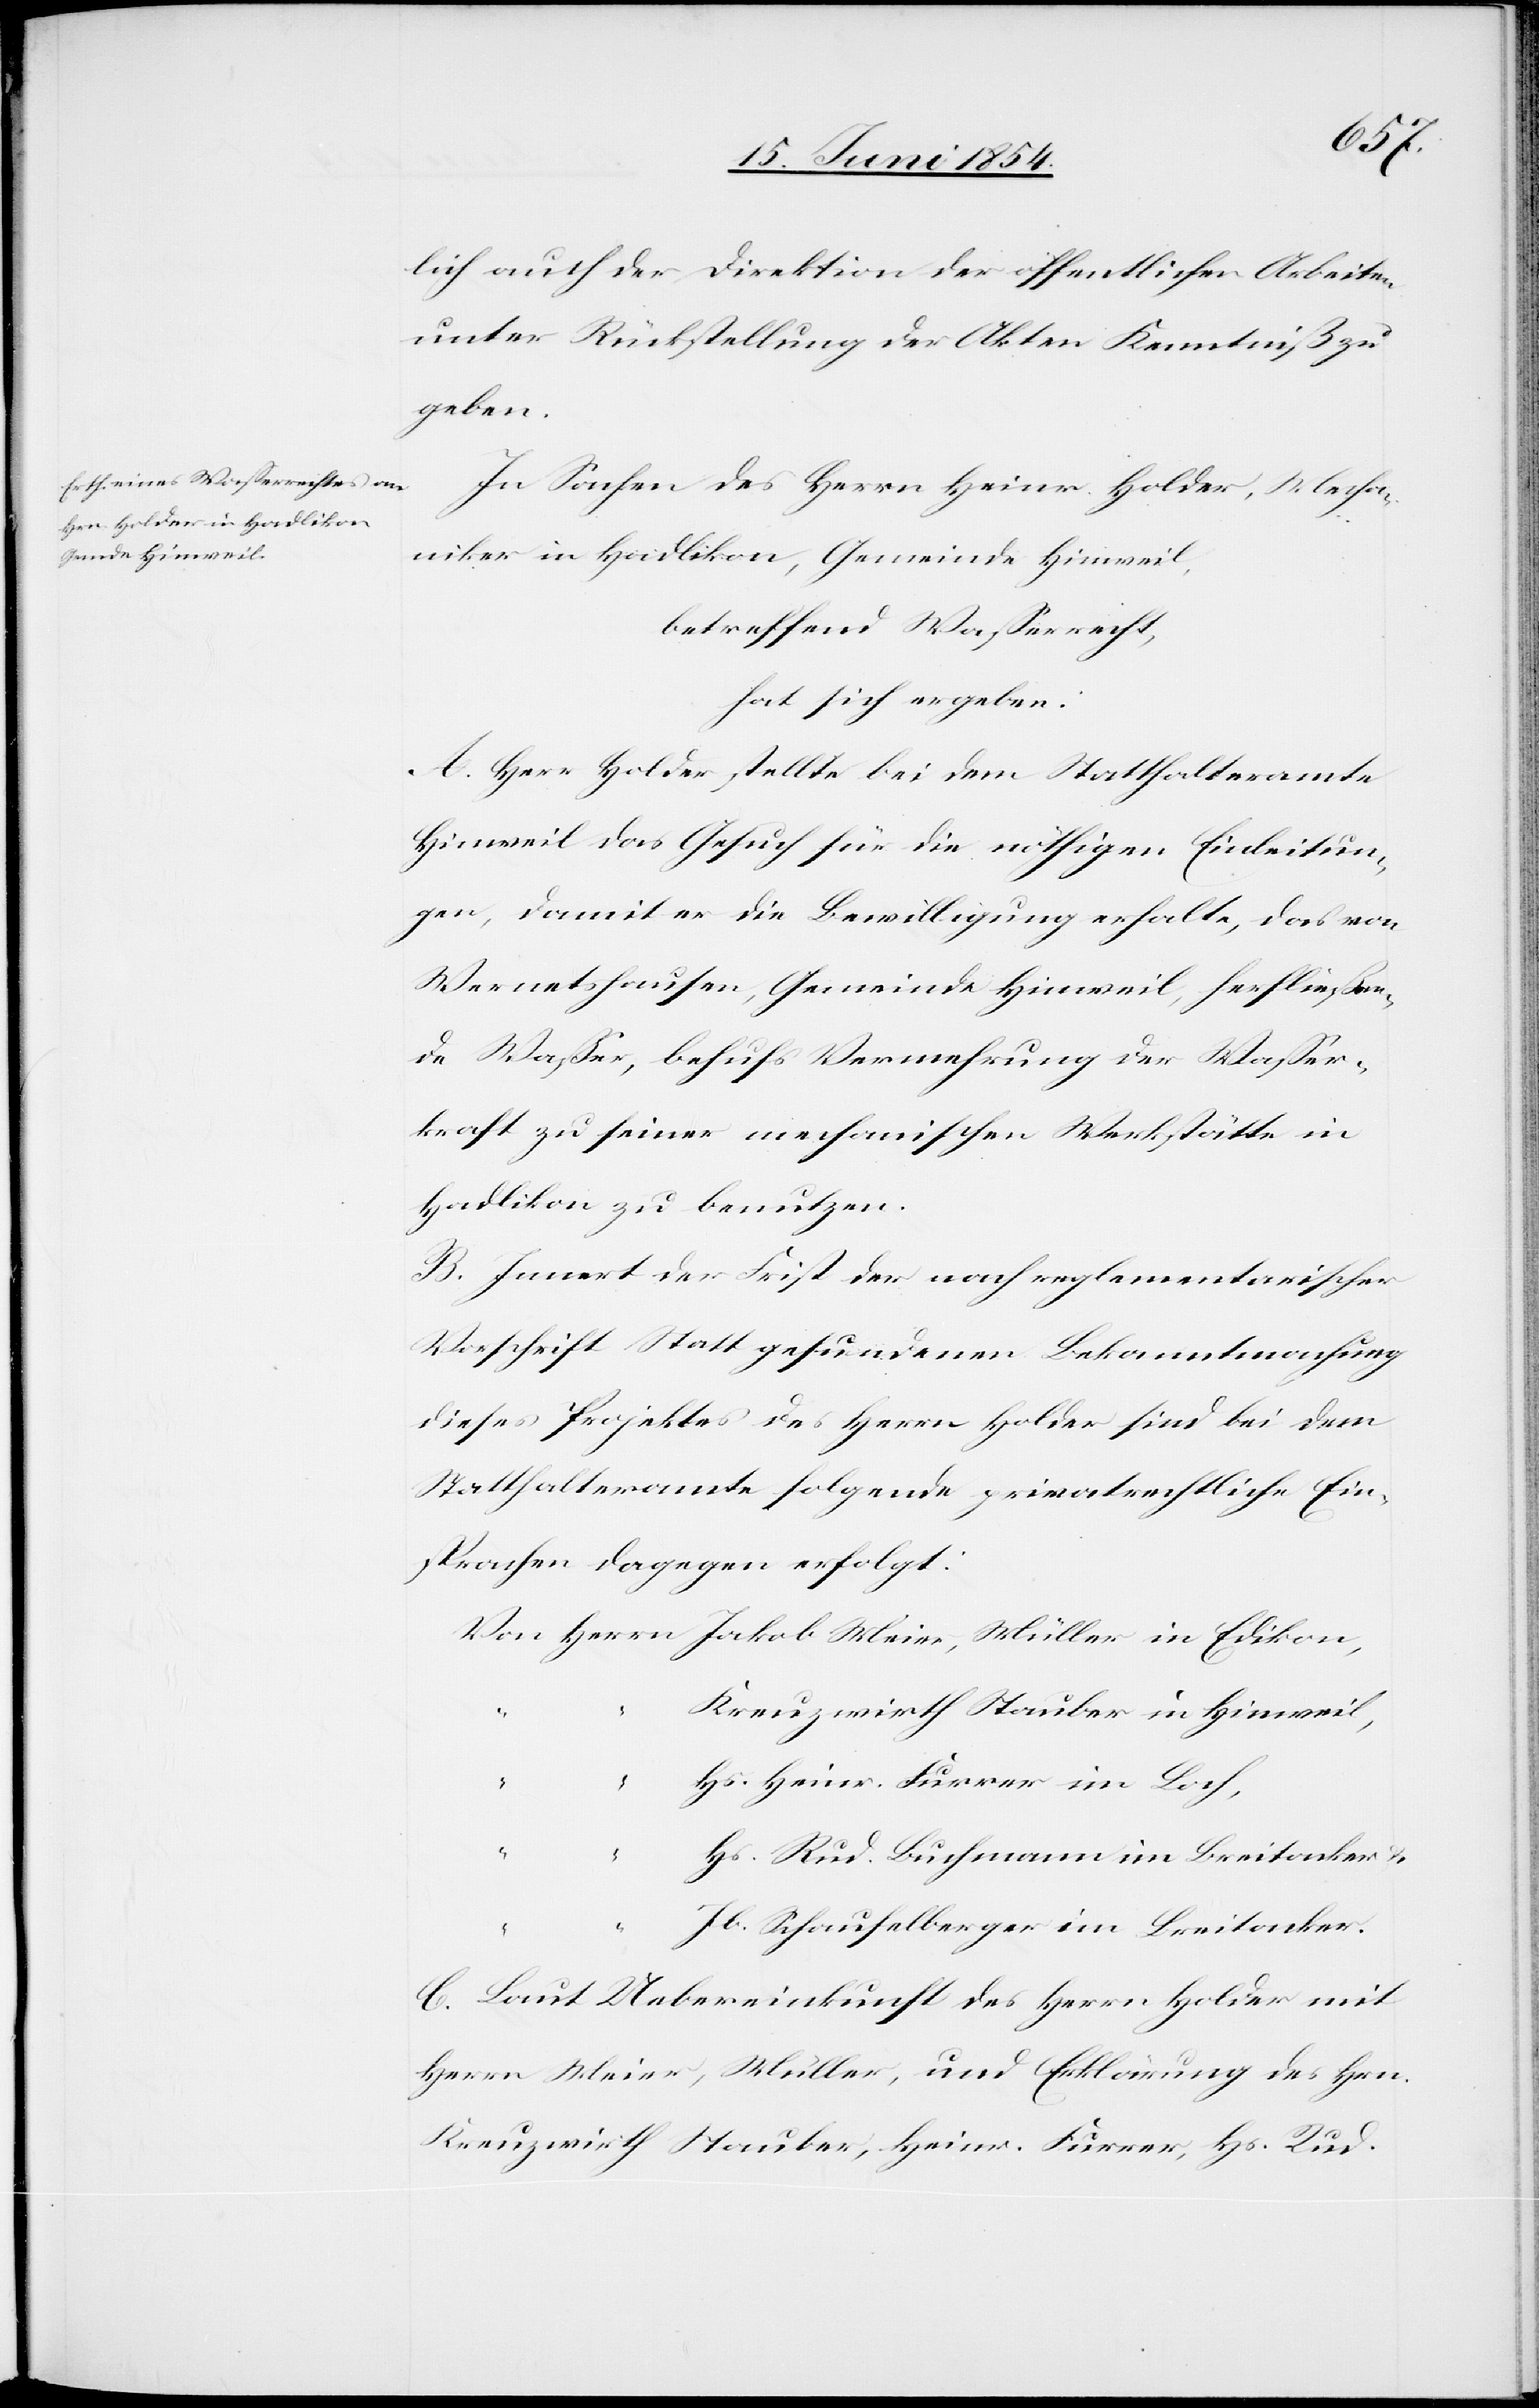
Meier,
lich auch der Direktion der öffentlichen Arbeiten
unter Rückstellung der Akten Kenntniß zu
geben.
In Sachen des Herrn Heinr. Holder, Mechan¬
iker in Hadlikon, Gemeinde Hinweil,
betreffend Waßerrecht,
hat sich ergeben:
A. Herr Holder stellte bei dem Statthalteramte
Hinweil das Gesuch für die nöthigen Einleitun¬
gen, damit er die Bewilligung erhalte, das von
Wernetshausen, Gemeinde Hinweil, herfließen¬
de Waßer, behufs Vermehrung der Waßer¬
kraft zu seiner mechanischen Werkstätte in
Hadlikon zu benutzen.
B. Innert der Frist der nach reglementarischer
Vorschrift Statt gefundenen Bekanntmachung
dieses Projektes des Herrn Holder sind bei dem
Statthalteramte folgende privatrechtliche Ein¬
sprachen dagegen erfolgt:
Kreuzwirth Stauber in Hinweil,
Hs. Heinr. Furrer in Loch,
“
“
Hs. Rud. Buchmann im Breitacker u.
Jb. Schaufelberger im Breitacker.
C. Laut Uebereinkunft des Herrn Holder mit
Herrn Meier, Müller, und Erklärung des Hrn.
Kreuzwirth Stauber, Heinr. Furrer, Hs. Rud.